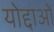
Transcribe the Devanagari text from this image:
योद्दाओं